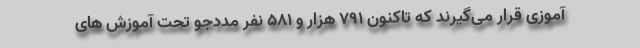
آموزی قرار می‌گیرند که تاکنون ۷۹۱ هزار و ۵۸۱ نفر مددجو تحت آموزش های